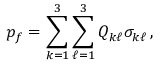
p _ { f } = \sum _ { k = 1 } ^ { 3 } \sum _ { \ell = 1 } ^ { 3 } Q _ { k \ell } \sigma _ { k \ell } \, ,